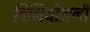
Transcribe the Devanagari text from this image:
विनियोजनी